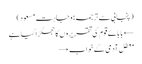
(پنجابی سے ترجمہ: وجاہت مسعود)
← بابائے قوم کی تقریروں کا جھگڑا کیا ہے
معطل آدمی کے خواب →